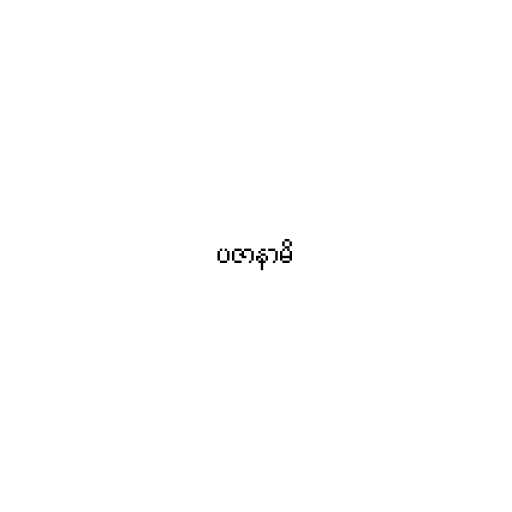
ပဇာနာမိ